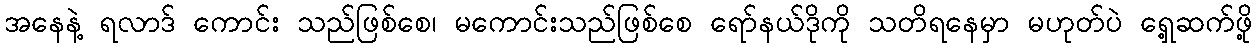
အနေနဲ့ ရလာဒ် ကောင်း သည်ဖြစ်စေ၊ မကောင်းသည်ဖြစ်စေ ရော်နယ်ဒိုကို သတိရနေမှာ မဟုတ်ပဲ ရှေ့ဆက်ဖို့